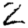
Digit: 2